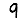
Digit: 9